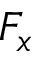
F _ { x }